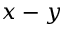
x - y